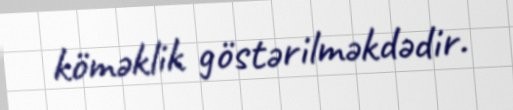
köməklik göstərilməkdədir.